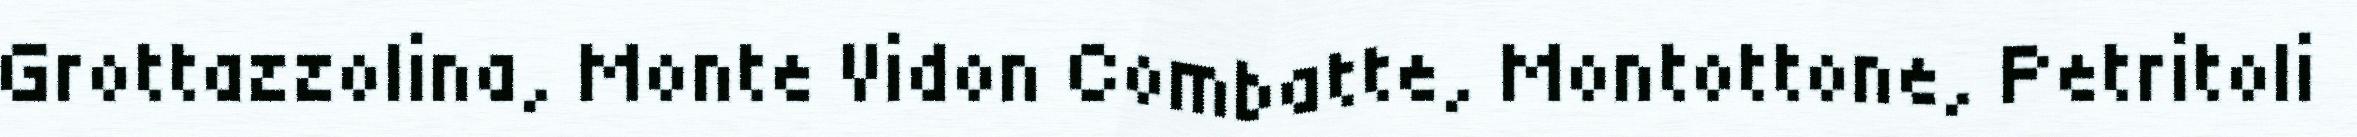
Grottazzolina, Monte Vidon Combatte, Montottone, Petritoli